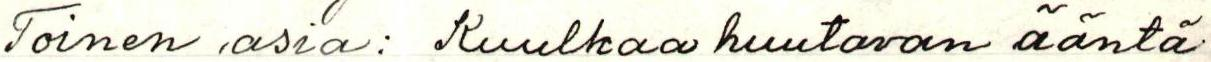
Toinen asia: Kuulkaa huutavan ääntä